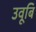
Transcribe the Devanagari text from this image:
उवूबि